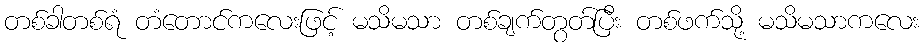
တစ်ခါတစ်ရံ တံတောင်ကလေးဖြင့် မသိမသာ တစ်ချက်တွတ်ပြီး တစ်ဖက်သို့ မသိမသာကလေး